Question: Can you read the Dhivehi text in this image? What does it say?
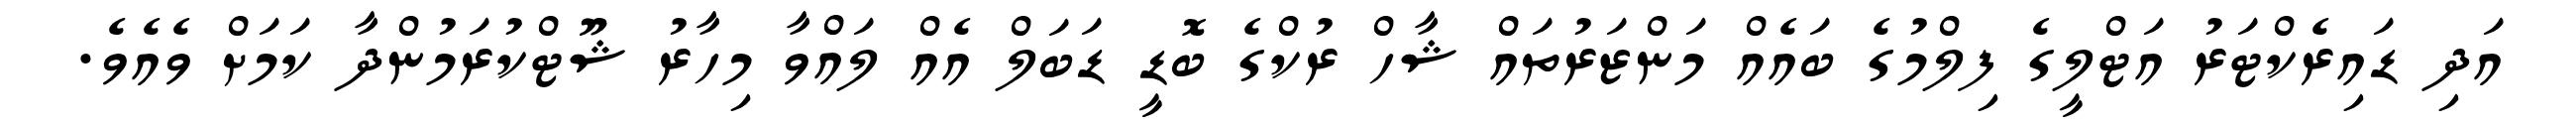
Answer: އަދި ޑައިރެކްޓަރު އަޓްލީގެ ފިލްމުގެ ބައެއް މަންޒަރުތައް ޝާހް ރުކްގެ ބޮޑީ ޑަބަލް އެއް ލައްވާ މިހާރު ޝޫޓްކުރަމުންދާ ކަމަށް ވެއެވެ.